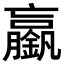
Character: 𨭞